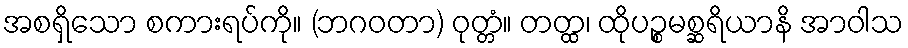
အစရှိသော စကားရပ်ကို။ (ဘဂဝတာ) ဝုတ္တံ။ တတ္ထ၊ ထိုပဉ္စမစ္ဆရိယာနိ အာဝါသ